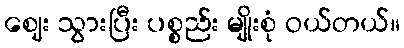
ဈေး သွားပြီး ပစ္စည်း မျိုးစုံ ဝယ်တယ်။